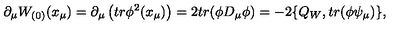
\partial _ { \mu } W _ { ( 0 ) } ( x _ { \mu } ) = \partial _ { \mu } \left( t r \phi ^ { 2 } ( x _ { \mu } ) \right) = 2 t r ( \phi D _ { \mu } \phi ) = - 2 \{ Q _ { W } , t r ( \phi \psi _ { \mu } ) \} ,